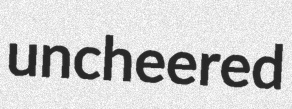
uncheered